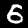
Digit: 6